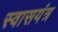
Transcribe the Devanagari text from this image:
स्वासयंत्र